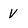
Character: V